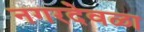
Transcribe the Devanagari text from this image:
नगरदेवळा